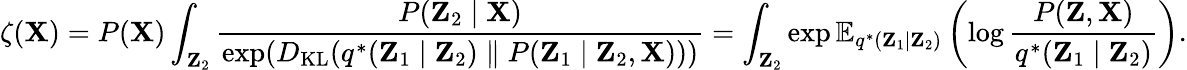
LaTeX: \zeta(\mathbf{X})=P(\mathbf{X})\int_{\mathbf{Z}_{2}}{\frac{P(\mathbf{Z}_{2}\mid\mathbf{X})}{\exp(D_{\mathrm{KL}}(q^{*}(\mathbf{Z}_{1}\mid\mathbf{Z}_{2})\parallel P(\mathbf{Z}_{1}\mid\mathbf{Z}_{2},\mathbf{X})))}}=\int_{\mathbf{Z}_{2}}\exp\mathbb{E}_{q^{*}(\mathbf{Z}_{1}\mid\mathbf{Z}_{2})}\left(\log{\frac{P(\mathbf{Z},\mathbf{X})}{q^{*}(\mathbf{Z}_{1}\mid\mathbf{Z}_{2})}}\right).